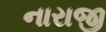
નારાજી